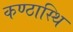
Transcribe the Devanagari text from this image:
कण्ठास्थि